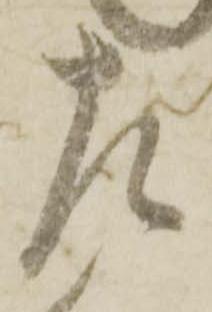
左